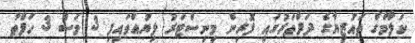
ކަލާމްގެ ތައުޒިޔާގެ ދަފްތަރުގައި ފޮރިން މިނިސްޓަރު ލިޔުއްވައިފި 3 މަސް 3 ހަފްތާ